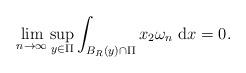
LaTeX: \begin{align*}\lim _{n \rightarrow \infty} \sup _{y \in \Pi} \int_{B_{R}(y) \cap \Pi} x_{2} \omega_{n} \mathrm{~d} x=0.\end{align*}